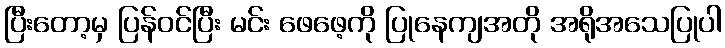
ပြီးတော့မှ ပြန်ဝင်ပြီး မင်း ဖေဖေ့ကို ပြုနေကျအတို အရိုအသေပြုပါ